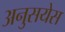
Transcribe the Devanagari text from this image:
अनुसयेस